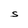
Character: S